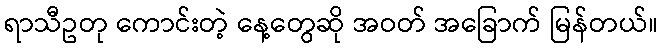
ရာသီဥတု ကောင်းတဲ့ နေ့တွေဆို အဝတ် အခြောက် မြန်တယ်။